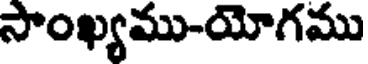
సాంఖ్యము-యోగము